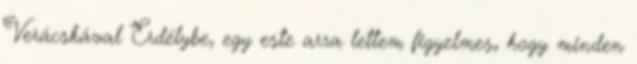
Verácskával Erdélybe, egy este arra lettem figyelmes, hogy minden